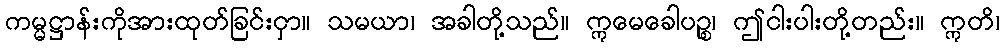
ကမ္မဋ္ဌာန်းကိုအားထုတ်ခြင်းငှာ။ သမယာ၊ အခါတို့သည်။ ဣမေခေါပဉ္စ၊ ဤငါးပါးတို့တည်း။ ဣတိ၊